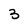
Character: 3